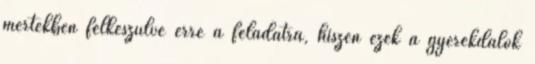
mértékben felkészülve erre a feladatra, hiszen ezek a gyerekdalok